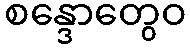
စန္ဒောတွေဝ